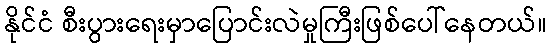
နိုင်ငံ စီးပွားရေးမှာပြောင်းလဲမှုကြီးဖြစ်ပေါ်နေတယ်။